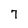
Character: 7